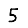
Digit: 5